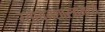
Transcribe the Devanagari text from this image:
रसायनशास्त्रामध्ये